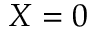
X = 0